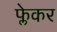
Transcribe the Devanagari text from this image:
फ्लेकर